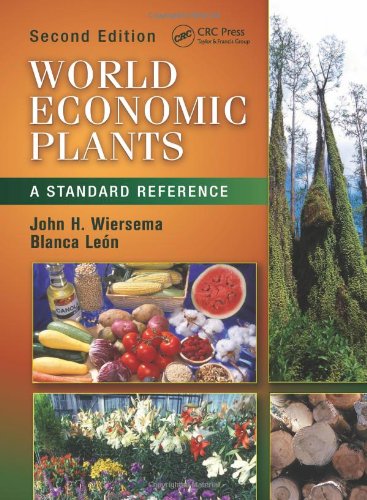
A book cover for World Economic Plants: A Standard Reference, Second Edition; John H. Wiersema; Crafts, Hobbies & Home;